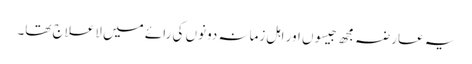
یہ عارضہ مجھ جیسوں اور اہل زمانہ دونوں کی رائے میں لاعلاج تھا۔